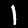
Digit: 1